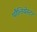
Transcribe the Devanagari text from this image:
पौलियेस्टर